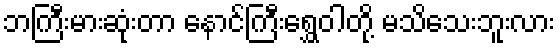
ဘကြီးမားဆုံးတာ နောင်ကြီးရွှေဝါတို့ မသိသေးဘူးလား